Report on the metropolitan horse fairs and district horse shows of 1892-93 - 1892-1893
Year: 1892
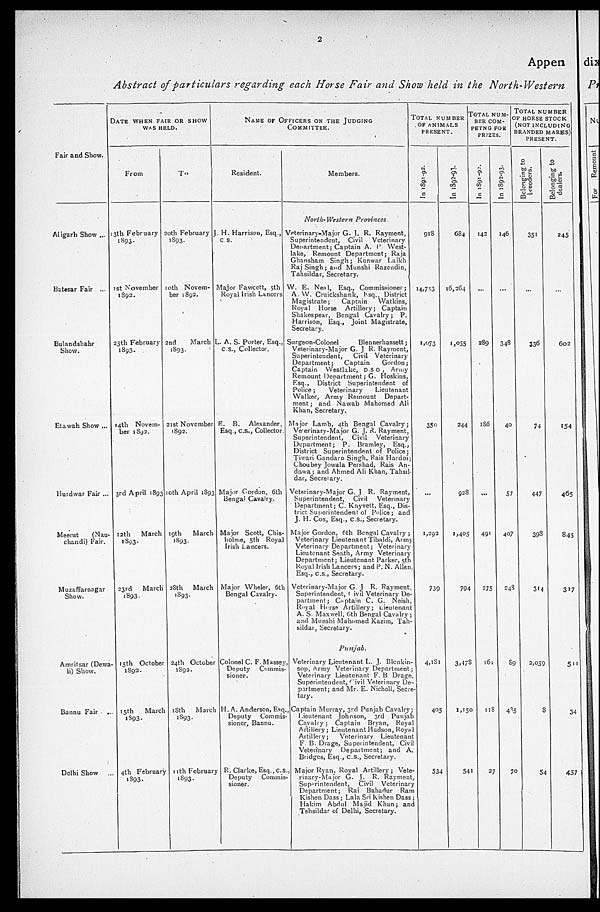
2
Appen
Abstract of particulars regarding each Horse Fair and Show held in the North-Western
Fair and Show.
Aligarh Show ...
Batesar Fair ...
Bulandshahr
Show.
Etawah Show ...
Hurdwar Fair ...
Meerut
(Nau-
chandi) Fair.
Muzaffarnagar
Show.
Amritsar (Dewa-
li) Show.
Bannu Fair ...
Delhi Show ...
DATE WHEN FAIR OR SHOW
WAS HELD.
From
13th February
1893.
1st November
1892.
25th February
1893.
14th Novem-
ber
1892.
3rd April 1893
12th
March
1893.
23rd
March
1893.
15th October
1892.
15th
March
1893.
4th February
1893.
To
20th February
1893.
10th Novem-
ber 1892.
2nd
March
1893.
21st November
1892.
10th April 1893
19th
March
1893.
28th
March
1893.
24th October
1892.
18th
March
11th February
1893.
NAME OF OFFICERS ON THE JUDGING
COMMITTEE.
Resident.
J. H. Harrison, Esq.,
C S.
Major Fawcett, 5th
Royal Irish Lancers
L. A. S. Porter, Esq.,
C.S., Collector.
E. B. Alexander.
Esq., c.s., Collector.
Major Cordon, 6th
Bengal Cavalry.
Major Scott, Chis-
holme, 5th Royal
Irish Lancers.
Major Wheler, 6th
Bengal Cavalry.
Colonel C. F. Massey
Deputy Commis-
sioner.
H. A. Anderson, Esq.
Deputy Commis-
sioner, Bhannu.
R. Clarke, Esq., c.s.,
Deputy Commis-
sioner.
Members.
North- Western
Provinces.
Veterinary-Major G. J. R. Rayment,
Superintendent, Civil
Veterinary
Department; Captain A. P West-
lake, Remount Department; Raja
Ghansham Singh; Kunwar Laikh
Raj Singh; and Munshi Razendin,
Tahsildar, Secretary.
W. E. Neal, Esq., Commissioner;
A. W. Cruickshank, Esq., District
Magistrate;
Captain
Watkins,
Royal Horse Artillery; Captain
Shakespear, Bengal Cavalry; P.
Harrison, Esq., Joint Magistrate,
Secretary.
Surgeon-Colonel Blennerhassett;
Veterinary-Major G. J R. Rayment,
Superintendent, Civil Veterinary
Department; Captain Gordon;
Captain Westlake, D.S O, Army
Remount Department; G. Hoskins,
Esq., District Superintendent of
Police; Veterinary Lieutenant
Walker, Army Remount Depart-
ment; and Nawab Mahomed Ali
Khan, Secretary.
Major Lamb, 4th Bengal Cavalry;
Veennary-Major G. J. R. Rayment,
Superintendent, Civil Veterinary
Department; P. Bramley, Esq.,
District Superintendent of Police;
Tiwari Gandard Singh, Rais Hardoi
Choubey Jowala Pershad, Rais An-
dar, Secretary.
Veterinary-Major G. J R. Rayment,
Superintendent, Civil Veterinary
Major Gordon, 6th Bengal Cavalry;
Veterinary Lieutenant Tibaldi, Army
Veterinary Department; Veterinary
Lieutenant Seath, Army Veterinary
Department; Lieutenant Parker, 5th
Royal Irish Lancers; and P. N. Allen,
Veterinary-Major G. J R. Payment
Superintendent, Civil Veterinary De-
partment; Captain C. G. Neish,
Royal Horse Artillery; Lieutenant
A. S. Maxwell, 6th Bengal Cavalry;
and Munshi Mahomed Kazim, Tah-
sildar, Secretary.
Punjab.
Veterinary Lieutenant. L. J. Blenkin-
sop, Army Veterinary Department ;
Veterinary Lieutnant F. B. Drage,
Superintendent Civil Veterinary De-
partment; and Mr. E. Nicholl, Secre-
tary.
Captain Murray, 3rd Punjab Cavalry
Lioutenant Johnson 3rd Punhjab
Artillery; Lieutnant Hudson, Royal
Artillary; Veterinary Lieutnant
F. B. Drage, Superindent, Civil
Bridges, Esq., c.s. Secretary.
Major Ryan, Royal Artillery; Vete-
rinary-Major G. J. R. Rayment,
Superintendent, Civil Veterinary
Department; Rai Bahadur Ram
Kishen Dass ; Lala Sri Kishen Dass;
Hakim Abdul Majid Khan; and
Tehsildar of Delhi, Secretary.
TOTAL NUMBER
OF ANIMALS
PRESENT.
In 1891-02.
918
14,753
1,073
350
...
1,292
739
4,181
405
534
In 1892-93.
684
16,264
1,055
244
928
1,405
794
3,478
1,150
541
TOTAL NUM-
BER COM-
PETNG FOR
PRIZES.
In 1981-92
142
...
289
186
...
491
275
161
118
27
In 1892-93.
146
348
40
57
407
243
89
485
70
TOTAL NUMBER
OF HORSE STOCK
(NOT INCLUDING
BRANDED MARES)
PRESENT.
Belonging to
breeders.
351
...
336
74
447
398
314
2,059
8
54
Belonging to
dealers.
245
...
602
154
465
845
317
511
34
457